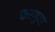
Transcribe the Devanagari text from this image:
करगुवा